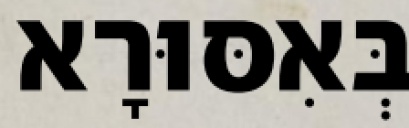
בְּאִסּוּרָא